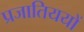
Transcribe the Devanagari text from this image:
प्रजातिययों